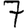
Digit: 7